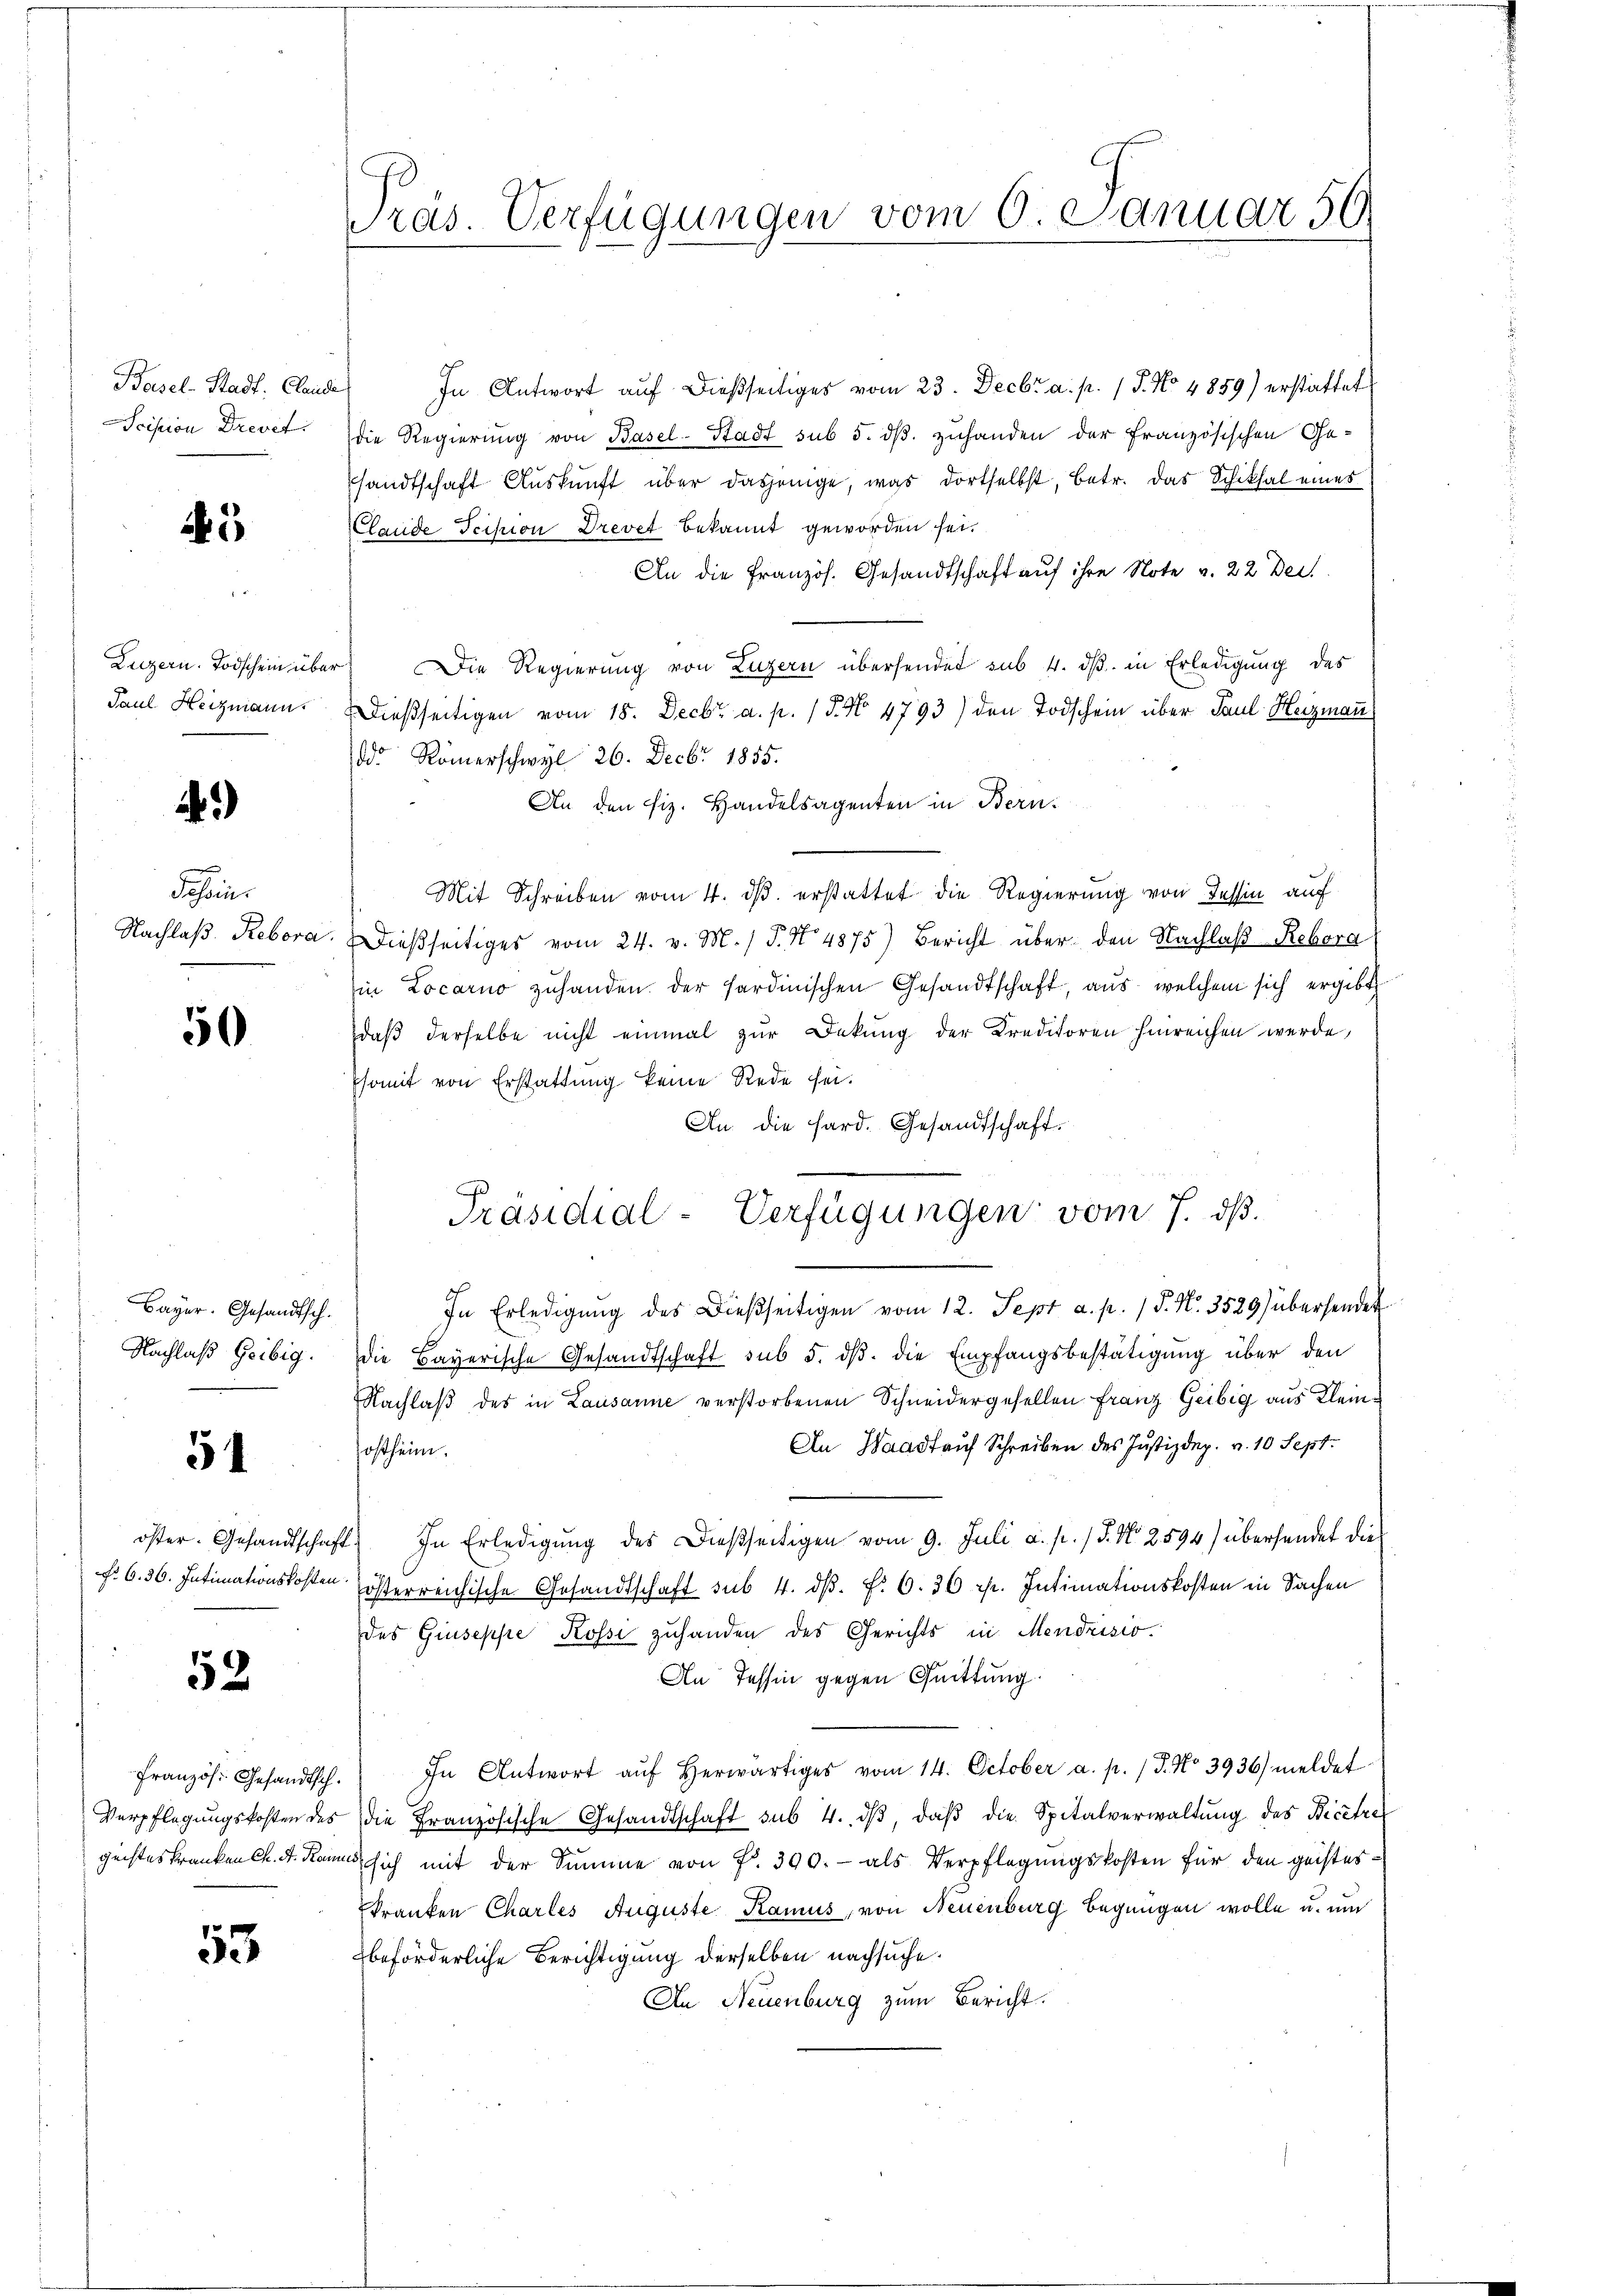
Basel-Stadt. Claude
Scision Drevet

45

Luzern. Todschein über
Paul Heizmann.

)

s
Tessin.
Nachlaß Rebora.
e

50

Bayer. Gesandtsch.
Nachlaß Geibig.

51

52

53

Präs. Verfügungen vom 6. Januar 59

In Antwort auf dießseitiges vom 23. Decbr a. p. 1 S. No 4859) erstattet
die Regierung von Basel-Stadt sub 5. dβ zuhanden der französischen Ge-
shandtschaft Auskunft über dasjenige, was dortselbst, betr. das Schiksal eines
Clande Scipion Drevet bekannt geworden sei.
An die Französ. Gesandtschaft auf ihre Note v. 22 Beil
 Die Regierung von Luzern übersendet sub 4. dβ in Erledigung des
dießseitigen vom 18. Decbr a. p. / 5. No 4793) den Todschein über Paul Heizmann
dd Römerschwyl 26. Decbr 1855.
An den fiz. Handelsagenten in Bern.
Mit Schreiben vom 4. ds. erstattet die Regierung von Tessin auf
Ddießseitiges vom 24. v. M. P. No 4875) Bericht über den Nachlaß Reborg
in Locarno zuhanden der sardinischen Gesandtschaft, aus welchem sich ergibt
daβ derselbe nicht einmal zur Dekŭng der Kreditoren hinreichen werde,
Psomit von Erstattung keine Rede sei.
An die hard. Gesandtschaft.
In Erledigŭng des Dießseitigen vom 12. Sept a. p. 1 P. N. 3529) übersender
die Bayerische Gesandtschaft sub 5. dβ. die Empfangsbestätigung über den
Nachlaß des in Lausanne verstorbenen Schneidergesellen Franz Geibig aus Klein¬
An Waadt auf Schreiben des Justizdep. v. 10 Sept.
osheim.
öster. Gesandtschaft) In Erledigŭng des dießseitigen vom 9. Juli a. p. / J. N. 2594) übersendet dies
. 6. 36. Intimationskosten österreichische Gesandtschaft sub. 4. dβ. f. 6. 36 r. Intimationskosten in Sachen
des Giuseppe Kossi zuhanden des Gerichts in Mendrisio
An Tessin gegen Quittung.
französ. Gesandtsch. In Antwort aŭf herwärtiges vom 14. October a. p. / 5. No 3936) meldet
Verpflegŭngskosten des die Französische Gesandtschaft sub. 4. dβ, daβ die Spitalverwaltŭng des Bicetre
geisteskranken Ch. A. Kann sich mit der Summe von Fr. 390.- als Verpflegŭngskosten für den geisteskranken Chartes Auguste Kamus, von Neuenburg begnügen wolle u. um
beförderliche Berichtigung derselben nachsuche.
An Neuenburg zum Bericht.

G
Präsidial-Verfügungen vom 7. ds.